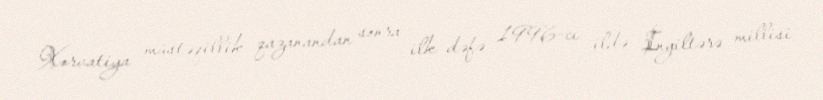
Xorvatiya müstəqillik qazanandan sonra ilk dəfə 1996-cı ildə İngiltərə millisi